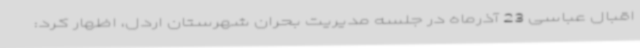
اقبال عباسی 23 آذرماه در جلسه مدیریت بحران شهرستان اردل، اظهار کرد: